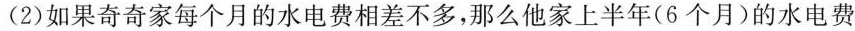
(2)如果奇奇家每个月的水电费相差不多，那么他家上半年(6个月)的水电费